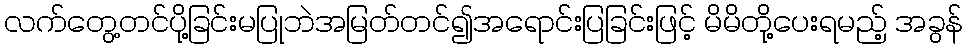
လက်တွေ့တင်ပို့ခြင်းမပြုဘဲအမြတ်တင်၍အရောင်းပြခြင်းဖြင့် မိမိတို့ပေးရမည့် အခွန်